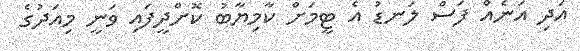
އަދި އަނެއް ފަސް ލަނޑު އެ ޓީމަށް ކާމިޔާބު ކޮށްދީފައި ވަނީ މިއަދުގެ